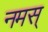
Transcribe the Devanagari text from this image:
नमस्